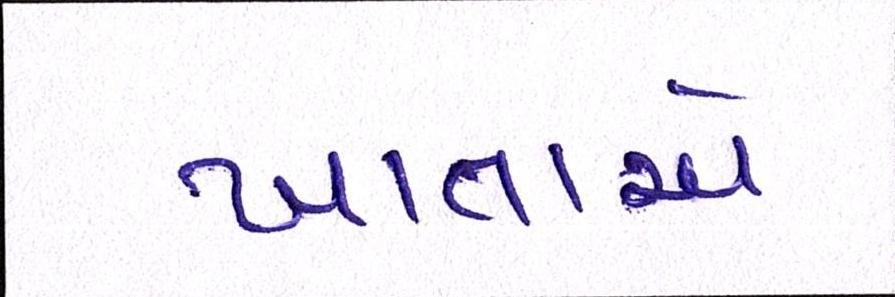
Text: ખાતાએ